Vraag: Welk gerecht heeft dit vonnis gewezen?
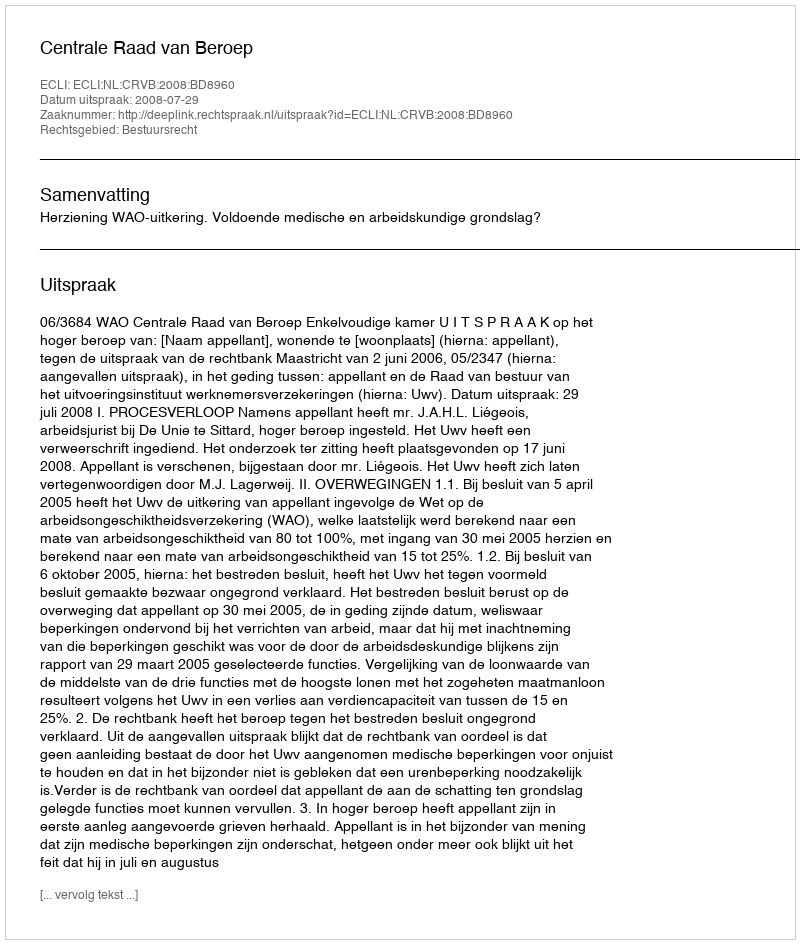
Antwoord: Centrale Raad van Beroep